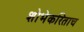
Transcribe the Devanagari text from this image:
शोभेकरिताच